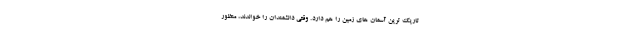
تاریک ترین آسمان های زمین را هم دارد. وقتی دانشمندان را خواندند، منظور